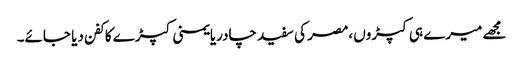
مجھے میرے ہی کپڑوں ،مصر کی سفید چادریایمنی کپڑے کا کفن دیا جائے۔